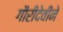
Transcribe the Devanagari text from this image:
गौरीदेवीने